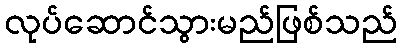
လုပ်ဆောင်သွားမည်ဖြစ်သည်